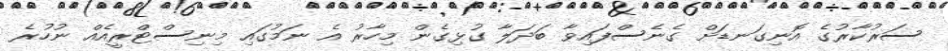
ސަރުކާރުގެ އޮނިގަނޑަށް ގެނެސްފައިވާ ބަދަލާ ގުޅިގެން މިހާރު އެ ނަމުގައި މިނިސްޓްރީއެއް ނުހުރެ